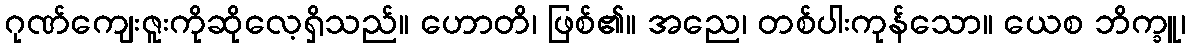
ဂုဏ်ကျေးဇူးကိုဆိုလေ့ရှိသည်။ ဟောတိ၊ ဖြစ်၏။ အညေ၊ တစ်ပါးကုန်သော။ ယေစ ဘိက္ခူ၊